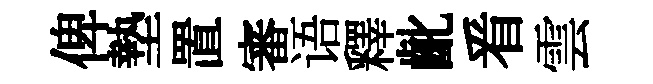
俾墊置審语釋齔㸔雲